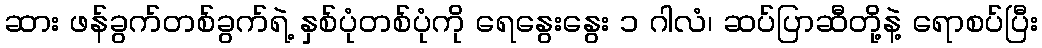
ဆား ဖန်ခွက်တစ်ခွက်ရဲ့ နှစ်ပုံတစ်ပုံကို ရေနွေးနွေး ၁ ဂါလံ၊ ဆပ်ပြာဆီတို့နဲ့ ရောစပ်ပြီး